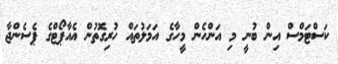
ކަސްޓަމްސް އިން ބުނީ މި އަންހެން މީހާގެ އަމަލުތައް ހުރިގޮތުން އެއާޕޯޓްގެ ޕެސެންޖާ